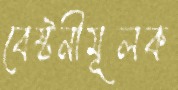
বেষ্টনীমূলক